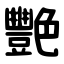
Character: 艷